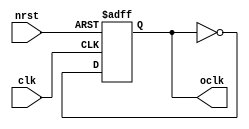
module clk_divider 
(
    input clk,
    input nrst,
    output reg oclk
);

always @ (posedge clk or negedge nrst)
begin
    if(nrst == 1'd0)
        oclk <= 1'd0;
    else
        oclk <= ~oclk;
end

endmodule